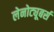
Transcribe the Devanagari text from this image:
लेनोट्यूबर्स